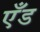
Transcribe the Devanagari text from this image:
एँड